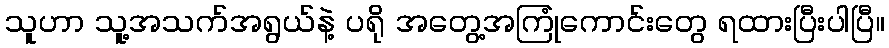
သူဟာ သူ့အသက်အရွယ်နဲ့ ပရို အတွေ့အကြုံကောင်းတွေ ရထားပြီးပါပြီ။